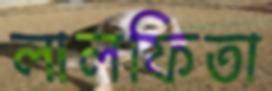
লালফিতা